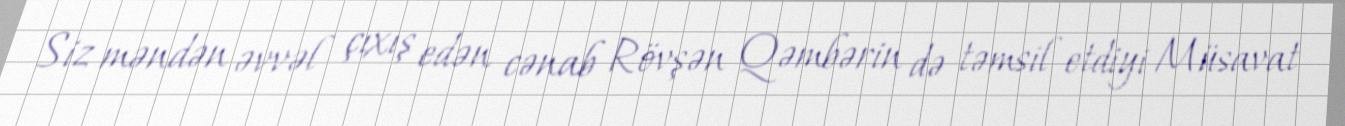
Siz məndən əvvəl çıxış edən cənab Rövşən Qəmbərin də təmsil etdiyi Müsavat